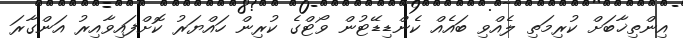
އިންތިޚާބަށް ކުރިމަތި ލެއްވި ބައެއް ކެންޑިޑޭޓުން ވޯޓްގެ ކުރިން ހައްޔަރު ކޮށްފައިވާއިރު އަންގާރަ